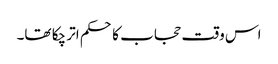
اس وقت حجاب کا حکم اتر چکا تھا۔